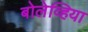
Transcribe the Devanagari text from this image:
बोलेव्हिया